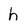
Character: h